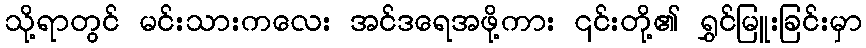
သို့ရာတွင် မင်းသားကလေး အင်ဒရေအဖို့ကား ၎င်းတို့၏ ရွှင်မြူးခြင်းမှာ